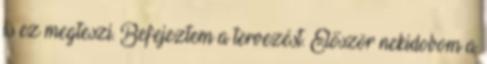
is ez megteszi. Befejeztem a tervezést. Először nekidobom a